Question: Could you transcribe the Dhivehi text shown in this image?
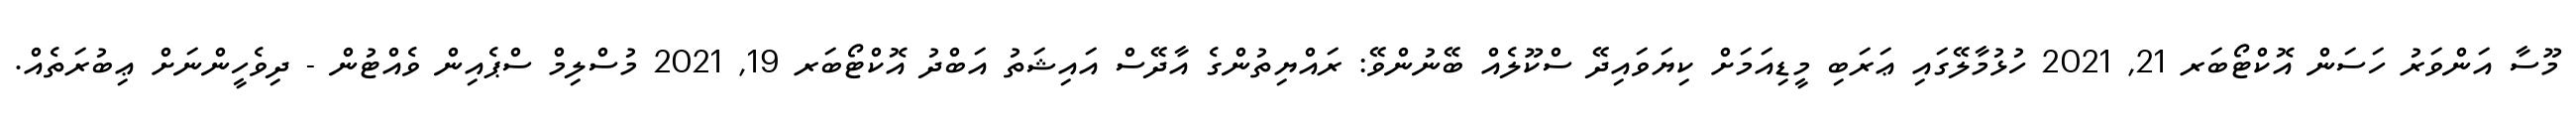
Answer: މޫސާ އަންވަރު ހަސަން އޮކްޓޯބަރ 21, 2021 ހުޅުމާލޭގައި ޢަރަބި މީޑިއަމަށް ކިޔަވައިދޭ ސްކޫލެއް ބޭނުންވޭ: ރައްޔިތުންގެ އާދޭސް އައިޝަތު އަބްދު އޮކްޓޯބަރ 19, 2021 މުސްލިމް ސްޕެއިން ވެއްޓުން - ދިވެހީންނަށް ޢިބުރަތެއް.